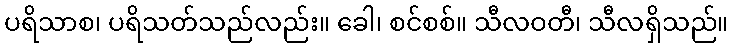
ပရိသာစ၊ ပရိသတ်သည်လည်း။ ခေါ၊ စင်စစ်။ သီလဝတီ၊ သီလရှိသည်။